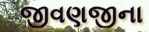
જીવણજીના